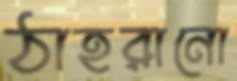
ঠাহরানো